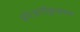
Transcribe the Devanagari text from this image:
प्रो।अतीक़ुल्लाह